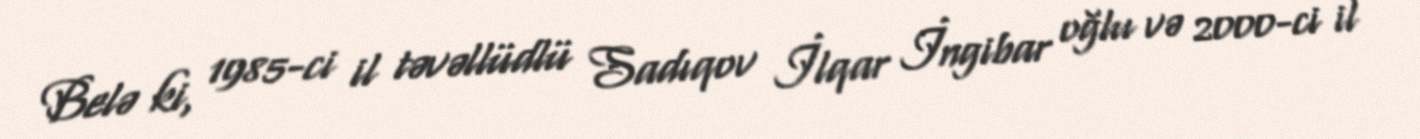
Belə ki, 1985-ci il təvəllüdlü Sadıqov İlqar İngibar oğlu və 2000-ci il